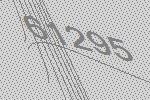
61295